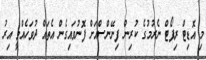
މި އޮޑިޓް ރިޕޯޓް ނެރުމުގެ ކުރިން ފިނޭންސްއަށް ފޮނުވައިގެން އެތައް ދުވަހެއްވީ އިރު